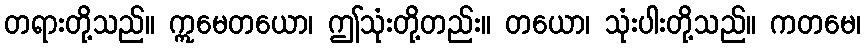
တရားတို့သည်။ ဣမေတယော၊ ဤသုံးတို့တည်း။ တယော၊ သုံးပါးတို့သည်။ ကတမေ၊